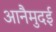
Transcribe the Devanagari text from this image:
आनैमुदई